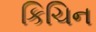
કિચિન